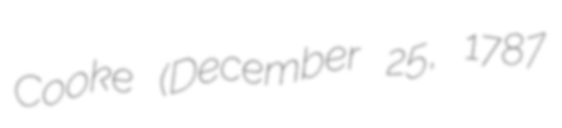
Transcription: Cooke (December 25, 1787